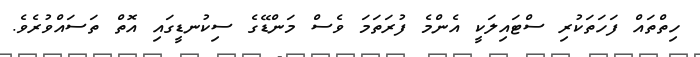
ހިތްތައް ފަހަތަކުރި ސްޓައިލަކީ އެންމެ ފުރަތަމަ ވެސް މަންޑޭގެ ސިކުނޑީގައި އޮތް ތަސައްވުރެވެ.